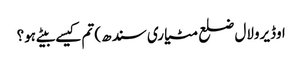
اوڈیرولال ضلع مٹیاری سندھ) تم کیسے بیٹے ہو؟